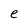
Character: e